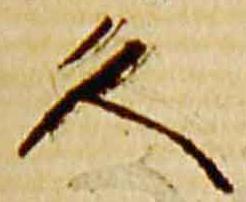
久